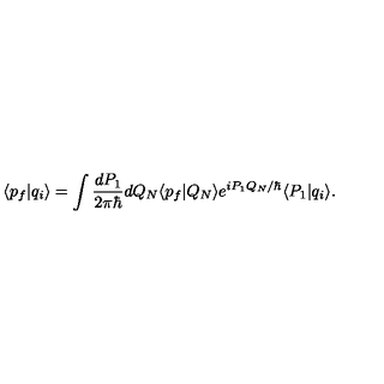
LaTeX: \langle p _ { f } | q _ { i } \rangle = \int \frac { d P _ { 1 } } { 2 \pi \hbar } d Q _ { N } \langle p _ { f } | Q _ { N } \rangle e ^ { i P _ { 1 } Q _ { N } / \hbar } \langle P _ { 1 } | q _ { i } \rangle .